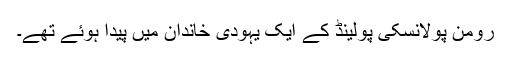
رومن پولانسکی پولینڈ کے ایک یہودی خاندان میں پیدا ہوئے تھے۔